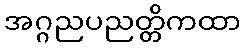
အဂ္ဂညပညတ္တိကထာ